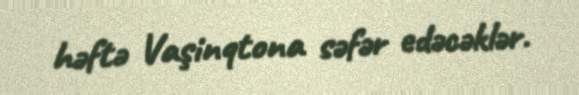
həftə Vaşinqtona səfər edəcəklər.